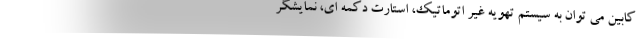
کابین می توان به سیستم تهویه غیر اتوماتیک، استارت دکمه ای، نمایشگر